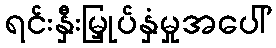
ရင်းနှီးမြှုပ်နှံမှုအပေါ်